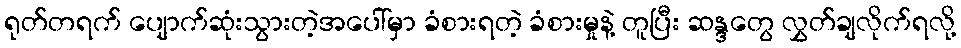
ရုတ်တရက် ပျောက်ဆုံးသွားတဲ့အပေါ်မှာ ခံစားရတဲ့ ခံစားမှုနဲ့ တူပြီး ဆန္ဒတွေ လွှတ်ချလိုက်ရလို့